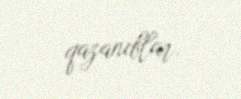
qazanıblar.